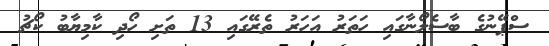
ސްޕޭނުގެ ބާސެލޯނާގައި ހަތަރު އަހަރު ތެރޭގައި 13 ތަށި ހޯދި ކާމިޔާބު ކޯޗު